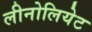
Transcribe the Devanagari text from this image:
लीनोलियेट